Civil Veterinary Dept. North-West Frontier Province 1901-22 - 1901-1922
Year: 1901
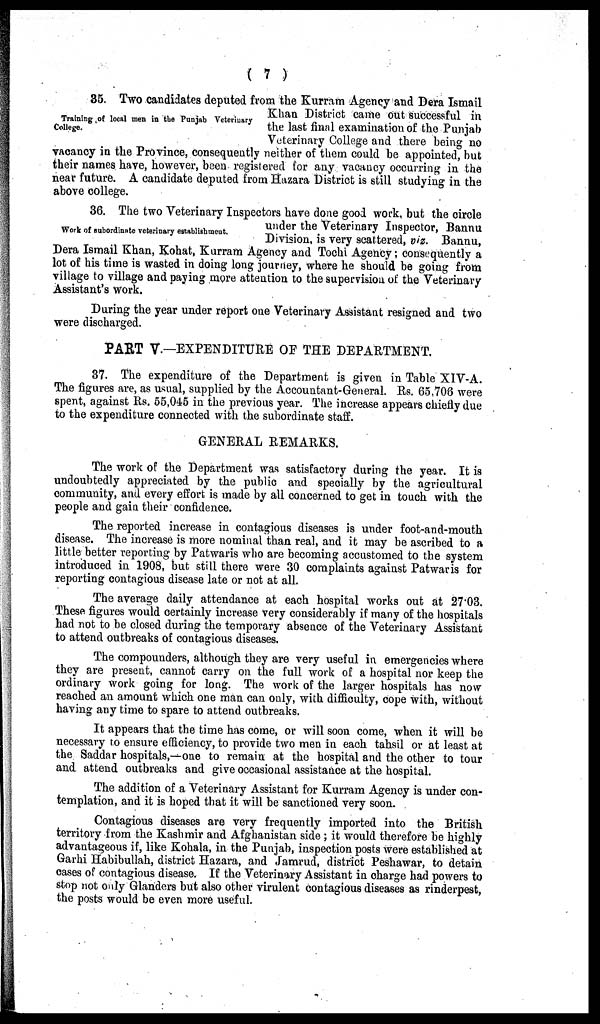
( 7 )
Training of local men in the Punjab Veterinary
College.
35. Two candidates deputed from the Kurram Agency and Dera Ismail
Khan District came out successful in
the last final examination of the Punjab
Veterinary College and there being no
vacancy in the Province, consequently neither of them could be appointed, but
their names have, however, been registered for any vacancy occurring in the
near future. A candidate deputed from Hazara District is still studying in the
above college.
Work of subordinate veterinary establishment.
36. The two Veterinary Inspectors have done good work, but the circle
under the Veterinary Inspector, Bannu
Division, is very scattered, viz. Bannu,
Dera Ismail Khan, Kohat, Kurram Agency and Tochi Agency; consequently a
lot of his time is wasted in doing long journey, where he should be going from
village to village and paying more attention to the supervision of the Veterinary
Assistant's work.
During the year under report one Veterinary Assistant resigned and two
were discharged.
PART V.—EXPENDITURE OF THE DEPARTMENT.
37. The expenditure of the Department is given in Table XIV-A.
The figures are, as usual, supplied by the Accountant-General. Rs. 65,706 were
spent, against Rs. 55,045 in the previous year. The increase appears chiefly due
to the expenditure connected with the subordinate staff.
GENERAL REMARKS.
The work of the Department was satisfactory during the year. It is
undoubtedly appreciated by the public and specially by the agricultural
community, and every effort is made by all concerned to get in touch with the
people and gain their confidence.
The reported increase in contagious diseases is under foot-and-mouth
disease. The increase is more nominal than real, and it may be ascribed to a
little better reporting by Patwaris who are becoming accustomed to the system
introduced in 1908, but still there were 30 complaints against Patwaris for
reporting contagious disease late or not at all.
The average daily attendance at each hospital works out at 27.03.
These figures would certainly increase very considerably if many of the hospitals
had not to be closed during the temporary absence of the Veterinary Assistant
to attend outbreaks of contagious diseases.
The compounders, although they are very useful in emergencies where
they are present, cannot carry on the full work of a hospital nor keep the
ordinary work going for long. The work of the larger hospitals has now
reached an amount which one man can only, with difficulty, cope with, without
having any time to spare to attend outbreaks.
It appears that the time has come, or will soon come, when it will be
necessary to ensure efficiency, to provide two men in each tahsil or at least at
the Saddar hospitals,—one to remain at the hospital and the other to tour
and attend outbreaks and give occasional assistance at the hospital.
The addition of a Veterinary Assistant for Kurram Agency is under con-
templation, and it is hoped that it will be sanctioned very soon.
Contagious diseases are very frequently imported into the British
territory from the Kashmir and Afghanistan side; it would therefore be highly
advantageous if, like Kohala, in the Punjab, inspection posts were established at
Garhi Habibullah, district Hazara, and Jamrud, district Peshawar, to detain
cases of contagious disease. If the Veterinary Assistant in charge had powers to
stop not only Glanders but also other virulent contagious diseases as rinderpest,
the posts would be even more useful.